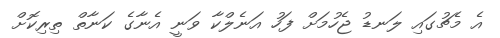
އެ މެޗުގައި ލަނޑު ޖެހުމަށް ފަހު އަނެލްކާ ވަނީ އެނާގެ ކަނާތް ތިރިކޮށް